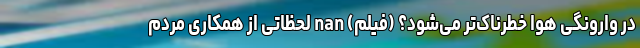
در وارونگی هوا خطرناک‌تر می‌شود؟ (فیلم) nan لحظاتی از همکاری مردم